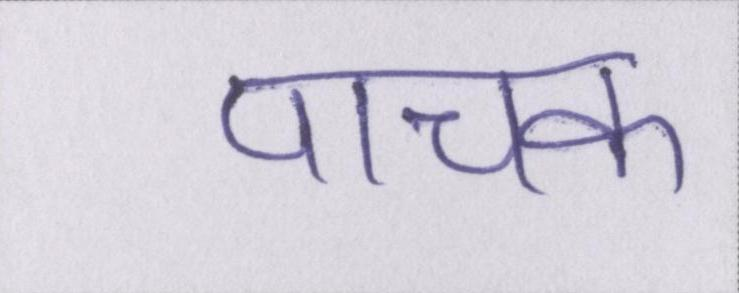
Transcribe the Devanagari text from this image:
पाचक